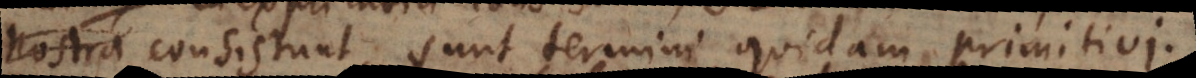
nostra consistunt, sunt termini quidam primitivi.